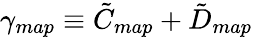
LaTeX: \gamma_{map}\equiv\tilde{C}_{map}+\tilde{D}_{map}